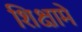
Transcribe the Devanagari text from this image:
शिक्षामे